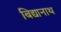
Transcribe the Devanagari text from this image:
बिद्यानाथ